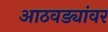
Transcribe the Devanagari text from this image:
आठवड्यांवर